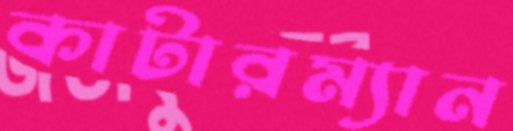
কাটারম্যান